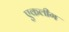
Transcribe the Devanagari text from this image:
एकलीग